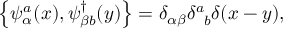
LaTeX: \left\{ \psi _ { \alpha } ^ { a } ( x ) , \psi _ { \beta b } ^ { \dagger } ( y ) \right\} = \delta _ { \alpha \beta } \delta _ { \phantom { a } b } ^ { a } \delta ( x - y ) ,